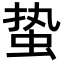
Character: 蛰